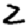
Digit: 2